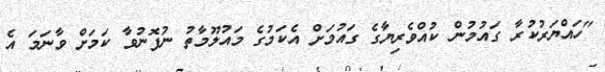
"ހައްޔަރުކުރާ ގައުމުން ކުއްވެރިޔާގެ ގައުމަށް އެކަމުގެ މައުލޫމާތު ނުފޮނުވާ ކަމަށް ވާނަމަ އެ